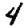
Digit: 4